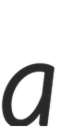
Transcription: a